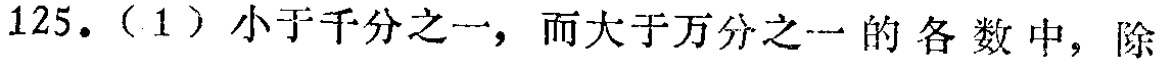
125.（1）小于千分之一，而大于万分之一的各数中，除